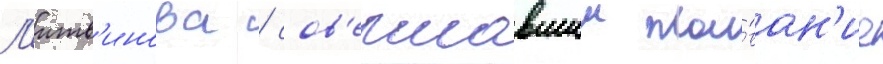
Л'итв'инова / сов'ершавшии пла́ван'ие